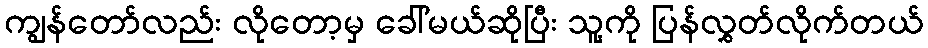
ကျွန်တော်လည်း လိုတော့မှ ခေါ်မယ်ဆိုပြီး သူ့ကို ပြန်လွှတ်လိုက်တယ်